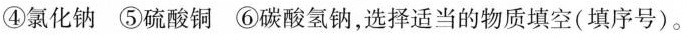
④氯化钠⑤硫酸铜⑥碳酸氢钠，选择适当的物质填空(填序号)。